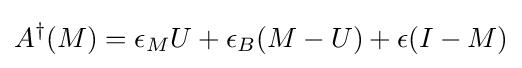
A^{\dagger }(M)=\epsilon _{M}U+\epsilon _{B}(M-U)+\epsilon (I-M)